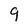
Character: 9